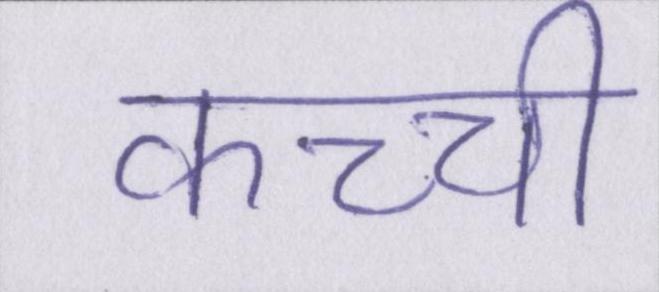
कच्ची